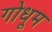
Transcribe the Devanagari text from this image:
गोधूम